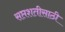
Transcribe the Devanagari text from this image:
सप्तशतीसाठी